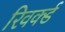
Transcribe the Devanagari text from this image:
रिवर्क्ड